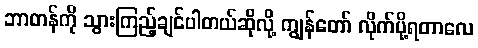
ဘာတန်ကို သွားကြည့်ချင်ပါတယ်ဆိုလို့ ကျွန်တော် လိုက်ပို့ရတာလေ